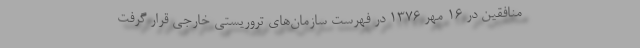
منافقین در 16 مهر 1376 در فهرست سازمان‌های تروریستی خارجی قرار گرفت